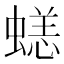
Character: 𧏮